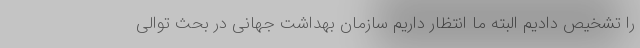
را تشخیص دادیم البته ما انتظار داریم سازمان بهداشت جهانی در بحث توالی